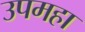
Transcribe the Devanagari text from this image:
उपमहा